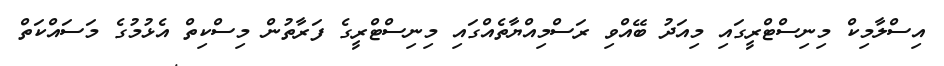
އިސްލާމިކް މިނިސްޓްރީގައި މިއަދު ބޭއްވި ރަސްމިއްޔާތެއްގައި މިނިސްޓްރީގެ ފަރާތުން މިސްކިތް އެޅުމުގެ މަސައްކަތް